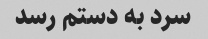
سرد به دستم رسد